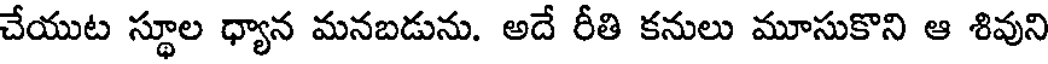
చేయుట స్థూల ధ్యాన మనబడును. అదే రీతి కనులు మూసుకొని ఆ శివుని